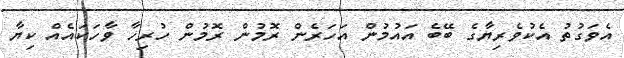
އެވަގުތު އެކުވެރިޔާގެ ބޭބެ އައުމުން އަހަރެން ރޮމުން ރޮމުން ހުރިހާ ވާހަކައެއް ކިޔާ